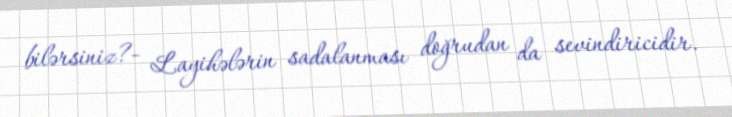
bilərsiniz?- Layihələrin sadalanması doğrudan da sevindiricidir.